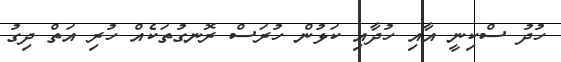
ހުދު ސްކިނީ އާއި ހުދާއި ކަޅުން ހުރަސް ރޮނގުތަކެއް ހުރި އަތް ދިގު